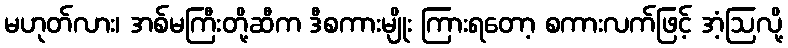
မဟုတ်လား၊ အစ်မကြီးတို့ဆီက ဒီစကားမျိုး ကြားရတော့ စကားလက်ဖြင့် အံ့ဩလို့